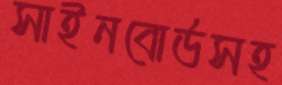
সাইনবোর্ডসহ